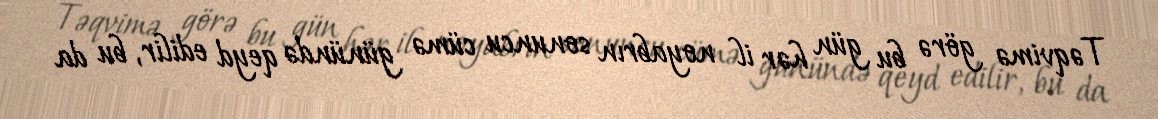
Təqvimə görə bu gün hər il noyabrın sonuncu cümə günündə qeyd edilir, bu da